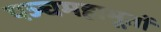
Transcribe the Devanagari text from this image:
पञ्चमहाभूतों